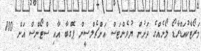
މަރޯޓާކުއަޑްރާޑޯ ލޯނެއްގެ ދަށުން ޔުވެންޓަސް އަށްޗެލްސީން ޕޮގްބާ އާއި ސްޓޯންސް އަށް 100